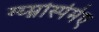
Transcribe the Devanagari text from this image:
ग्य्म्नोस्पेर्मए